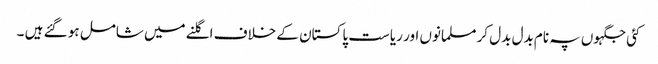
کئی جگہوں پہ نام بدل بدل کر مسلمانوں اور ریاست پاکستان کے خلاف اگلنے میں شامل ہو گئے ہیں ۔